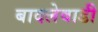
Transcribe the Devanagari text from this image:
बादलेवाडी